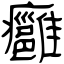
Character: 癰